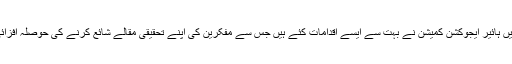
اس ضمن میں ہائیر ایجوکشن کمیشن نے بہت سے ایسے اقدامات کئے ہیں جس سے مفکرین کی اپنے تحقیقی مقالے شائع کرنے کی حوصلہ افزائی ہو سکے۔